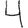
Digit: 4